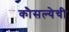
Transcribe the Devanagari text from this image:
कौसल्येची